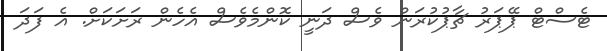
ޓެސްޓް ޕޭޕަރު ޗާޕުކުރަން ވެސް ދަނީ ކޮންމެވެސް އެހެން ރަށަކަށް. އެ ފަދަ